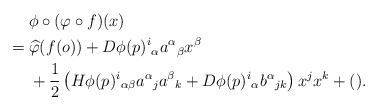
\begin{align*}&\hphantom{{}={}}\phi\circ(\varphi\circ f)(x)\\*&=\widehat{\varphi}(f(o))+D\phi(p)^i{}_\alpha a^\alpha{}_\beta x^\beta\\*&\hphantom{{}={}}+\frac12\left(H\phi(p)^i{}_{\alpha\beta}a^\alpha{}_ja^\beta{}_k+D\phi(p)^i{}_\alpha b^\alpha{}_{jk}\right)x^jx^k+().\end{align*}